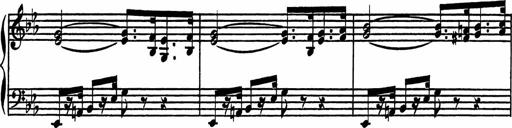
Title: 4 Piano Sonatinas
Composer: Adam Geibel